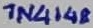
Text: 1N4148